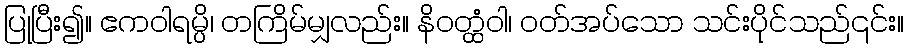
ပြုပြီး၍။ ဧကဝါရမ္ပိ၊ တကြိမ်မျှလည်း။ နိဝတ္ထံဝါ၊ ဝတ်အပ်သော သင်းပိုင်သည်၎င်း။